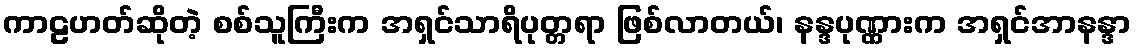
ကာဠဟတ်ဆိုတဲ့ စစ်သူကြီးက အရှင်သာရိပုတ္တရာ ဖြစ်လာတယ်၊ နန္ဒပုဏ္ဏားက အရှင်အာနန္ဒာ